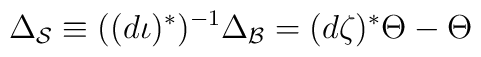
\Delta_{\mathcal{S}}\equiv((d\iota)^\ast)^{-1}\Delta_{\mathcal{B}}=(d\zeta)^\ast\Theta-\Theta